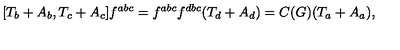
[ T _ { b } + A _ { b } , T _ { c } + A _ { c } ] f ^ { a b c } = f ^ { a b c } f ^ { d b c } ( T _ { d } + A _ { d } ) = C ( G ) ( T _ { a } + A _ { a } ) ,